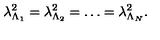
\lambda _ { \Lambda _ { 1 } } ^ { 2 } = \lambda _ { \Lambda _ { 2 } } ^ { 2 } = \dots = \lambda _ { \Lambda _ { N } } ^ { 2 } .